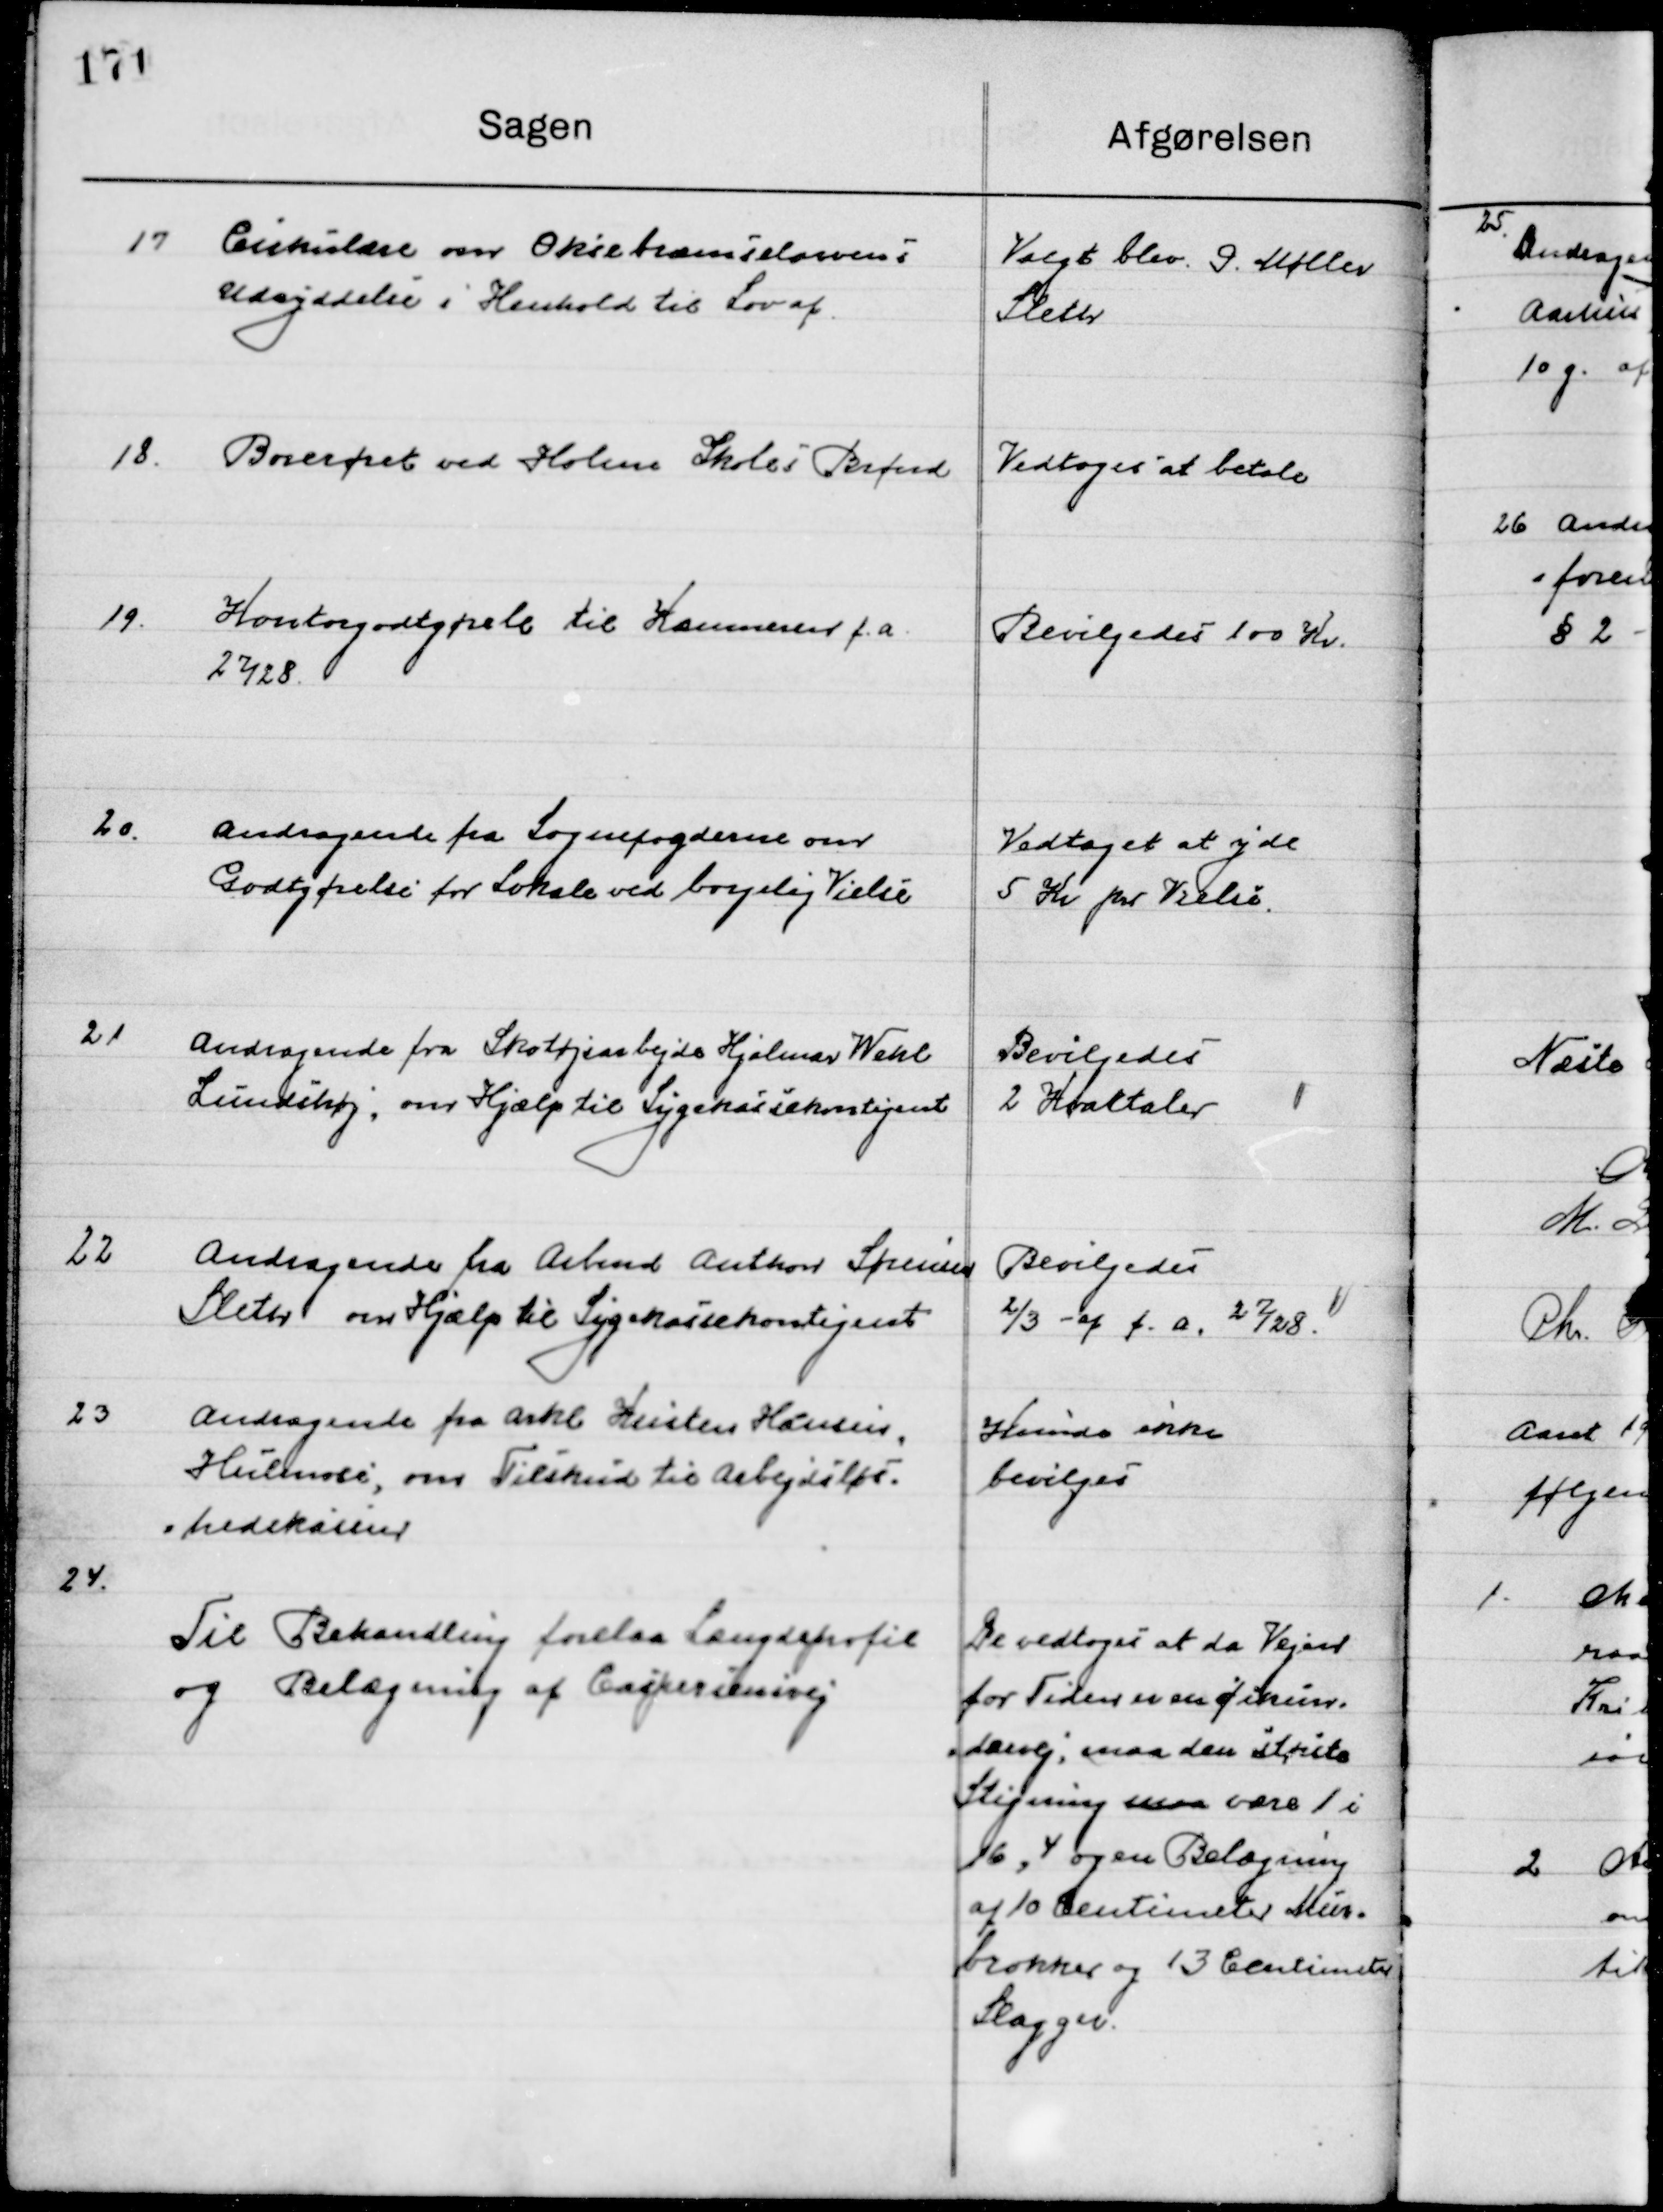
Transskription:
17

Cirkulære om Oksebræmselarvens
Udryddelse i Henhold til Lov af

Valgt blev G. Møller
Sleter

18

Borerøret ved Holme Skoles Brønd

Vedtoges at betale

19

Kontogodtgørelse Kasseren f. a. 
27/28

Bevilgedes 100 Kr.

20

Andragende fra Sognefogderne om 
Godtgørelse for Lokale ved borgelig Vielse

Vedtoget at yde 
5 Kr. pr. Vielse

21

Andragende fra Skotøjsarbejder Hjalmar Wehl
Lundshøj, om Hjælp til Sygekassekontingent.

Bevilgedes 
2 Kvartaler

22

Andragende fra Arbmd. Arthur Sørensen
Sleter, om Hjælp til Sygekassekontingent.

Bevilgedes
2/3 af f. a. 27/28

23

Andragende fra Aksel Kresten Hansen
Hulmose, om Tilskud til Arbejdsløs-
hedskassen

Kunne ikke
bevilges

24

Til Behandling forelaa Længdeprofil
og Belægning af Caspersensvej

De vedtoges at da Vejen 
for Tiden er en af Cikun-
dærvej, maa den største
Stigning maa være 1 i
16,4 og en Belægning
af 10 centimeter Mur-
brokker og 13 Centimeter 
Slagger.